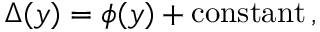
\Delta ( y ) = \phi ( y ) + \mathrm { c o n s t a n t } \, ,